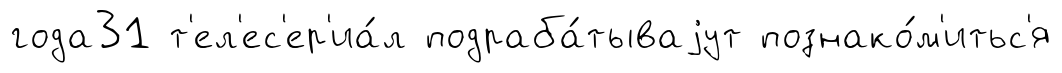
года31 т'ел'ес'ер'иа́л подраба́тываjут познако́м'итьс'я